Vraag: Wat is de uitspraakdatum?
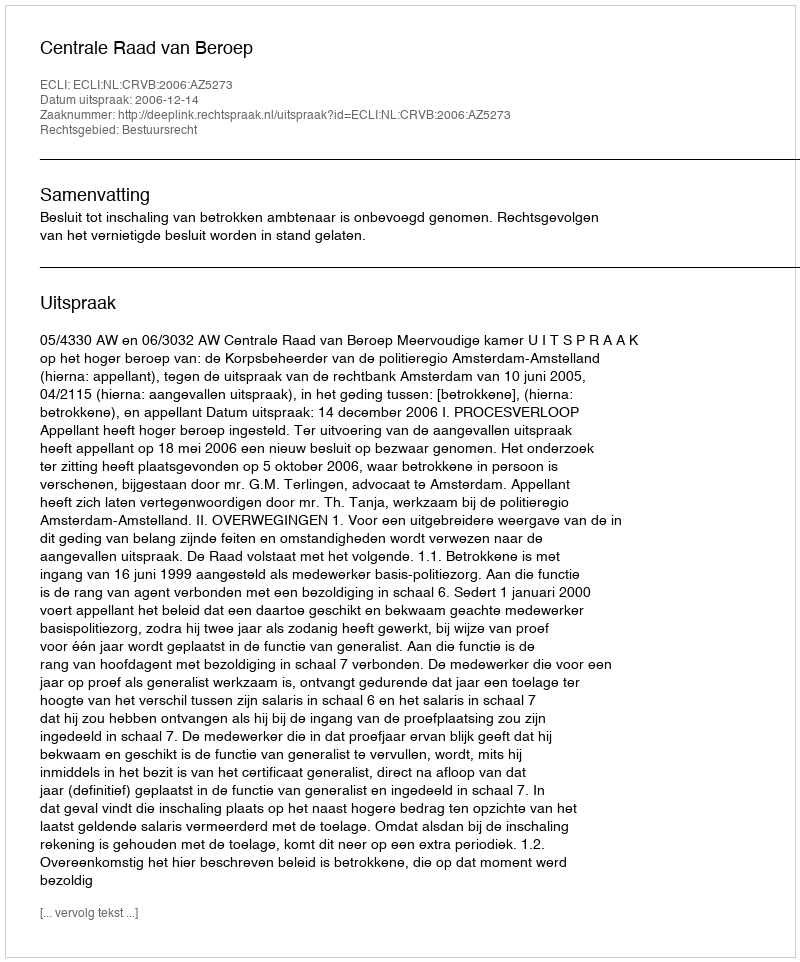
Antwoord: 2006-12-14